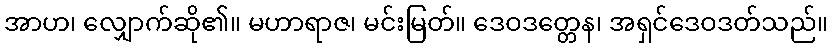
အာဟ၊ လျှောက်ဆို၏။ မဟာရာဇ၊ မင်းမြတ်။ ဒေဝဒတ္တေန၊ အရှင်ဒေဝဒတ်သည်။